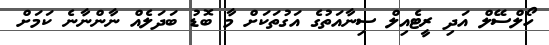
ހޯލްސޭލް އަދި ރީޓެއިލް ސިނާއަތުގެ އަގުތަކަށް މާ ބޮޑު ބަދަލެއް ނާންނާނެ ކަމަށް